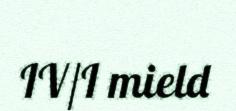
IV/I mield